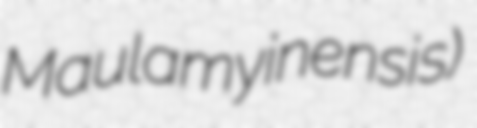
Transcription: Maulamyinensis)